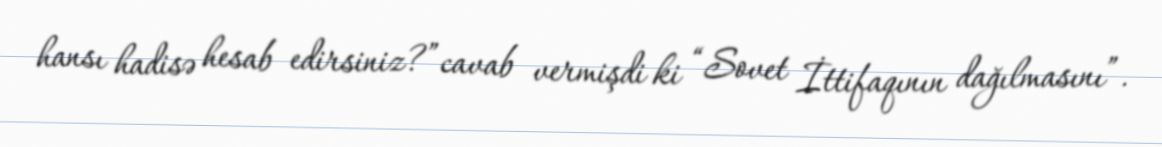
hansı hadisə hesab edirsiniz?”cavab vermişdi ki “Sovet İttifaqının dağılmasını”.